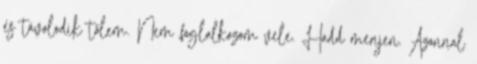
és távolodik tőlem. Nem foglalkozom vele. Hadd menjen. Azonnal